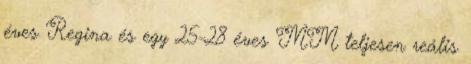
éves Regina és egy 25-28 éves MM teljesen reális